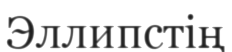
Эллипстің